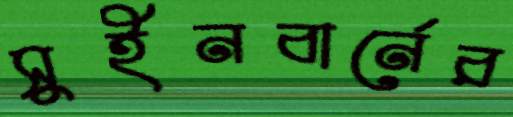
সুইনবার্নের